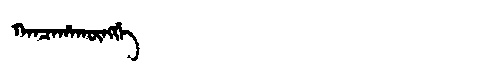
Manchu: ᡴᠠᠨᠴᠠᡥᠠᡴᡡᠩᡤᡝ
Romanization: KANCAHAKŪNGGE